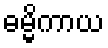
ဓမ္မိကာယ